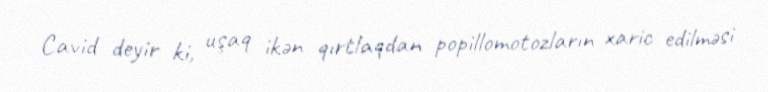
Cavid deyir ki, uşaq ikən qırtlaqdan popillomotozların xaric edilməsi